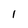
Character: 1